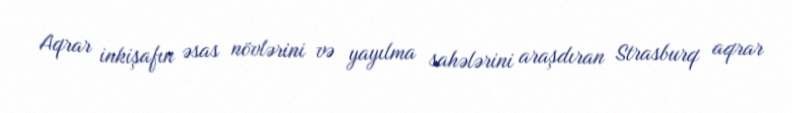
Aqrar inkişafın əsas növlərini və yayılma sahələrini araşdıran Strasburq aqrar